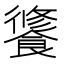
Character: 𩝶